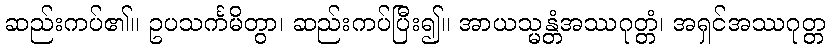
ဆည်းကပ်၏။ ဥပသင်္ကမိတွာ၊ ဆည်းကပ်ပြီး၍။ အာယသ္မန္တံအဿဂုတ္တံ၊ အရှင်အဿဂုတ္တ